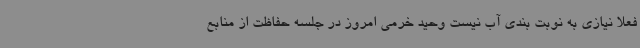
فعلا نیازی به نوبت بندی آب نیست وحید خرمی امروز در جلسه حفاظت از منابع